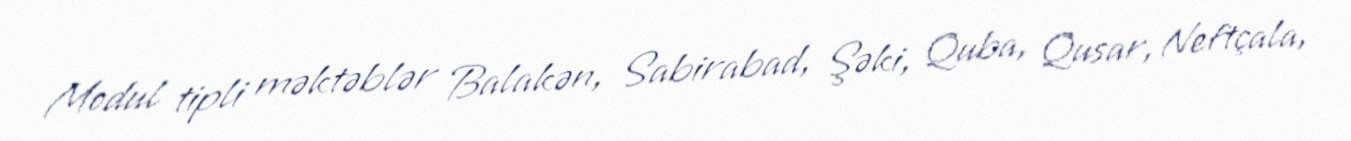
Modul tipli məktəblər Balakən, Sabirabad, Şəki, Quba, Qusar, Neftçala,